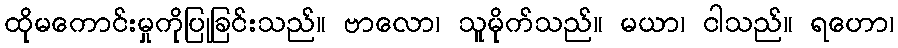
ထိုမကောင်းမှုကိုပြုခြင်းသည်။ ဗာလော၊ သူမိုက်သည်။ မယာ၊ ငါသည်။ ရဟော၊